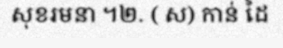
សុខរមនា ។២. ( ស) កាន់ ដៃ